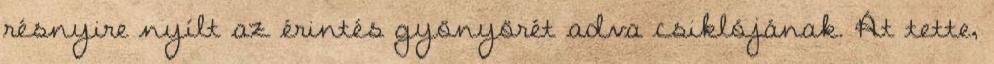
résnyire nyílt az érintés gyönyörét adva csiklójának. Át tette,